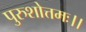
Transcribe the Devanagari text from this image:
पुरुशोत्तमः।।